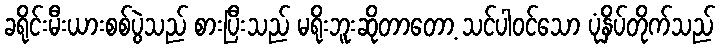
ခရိုင်းမီးယားစစ်ပွဲသည် စားပြီးသည် မရိုးဘူးဆိုတာတော့ သင်ပါဝင်သော ပုံနှိပ်တိုက်သည်